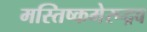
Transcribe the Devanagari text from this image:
मस्तिष्कमेरूद्रव